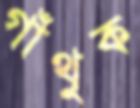
গাঁথুক